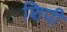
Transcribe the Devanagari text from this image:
शिपी